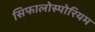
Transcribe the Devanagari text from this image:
सिफालोस्पोरियम